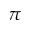
\pi